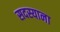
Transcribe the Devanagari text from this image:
सदस्याना